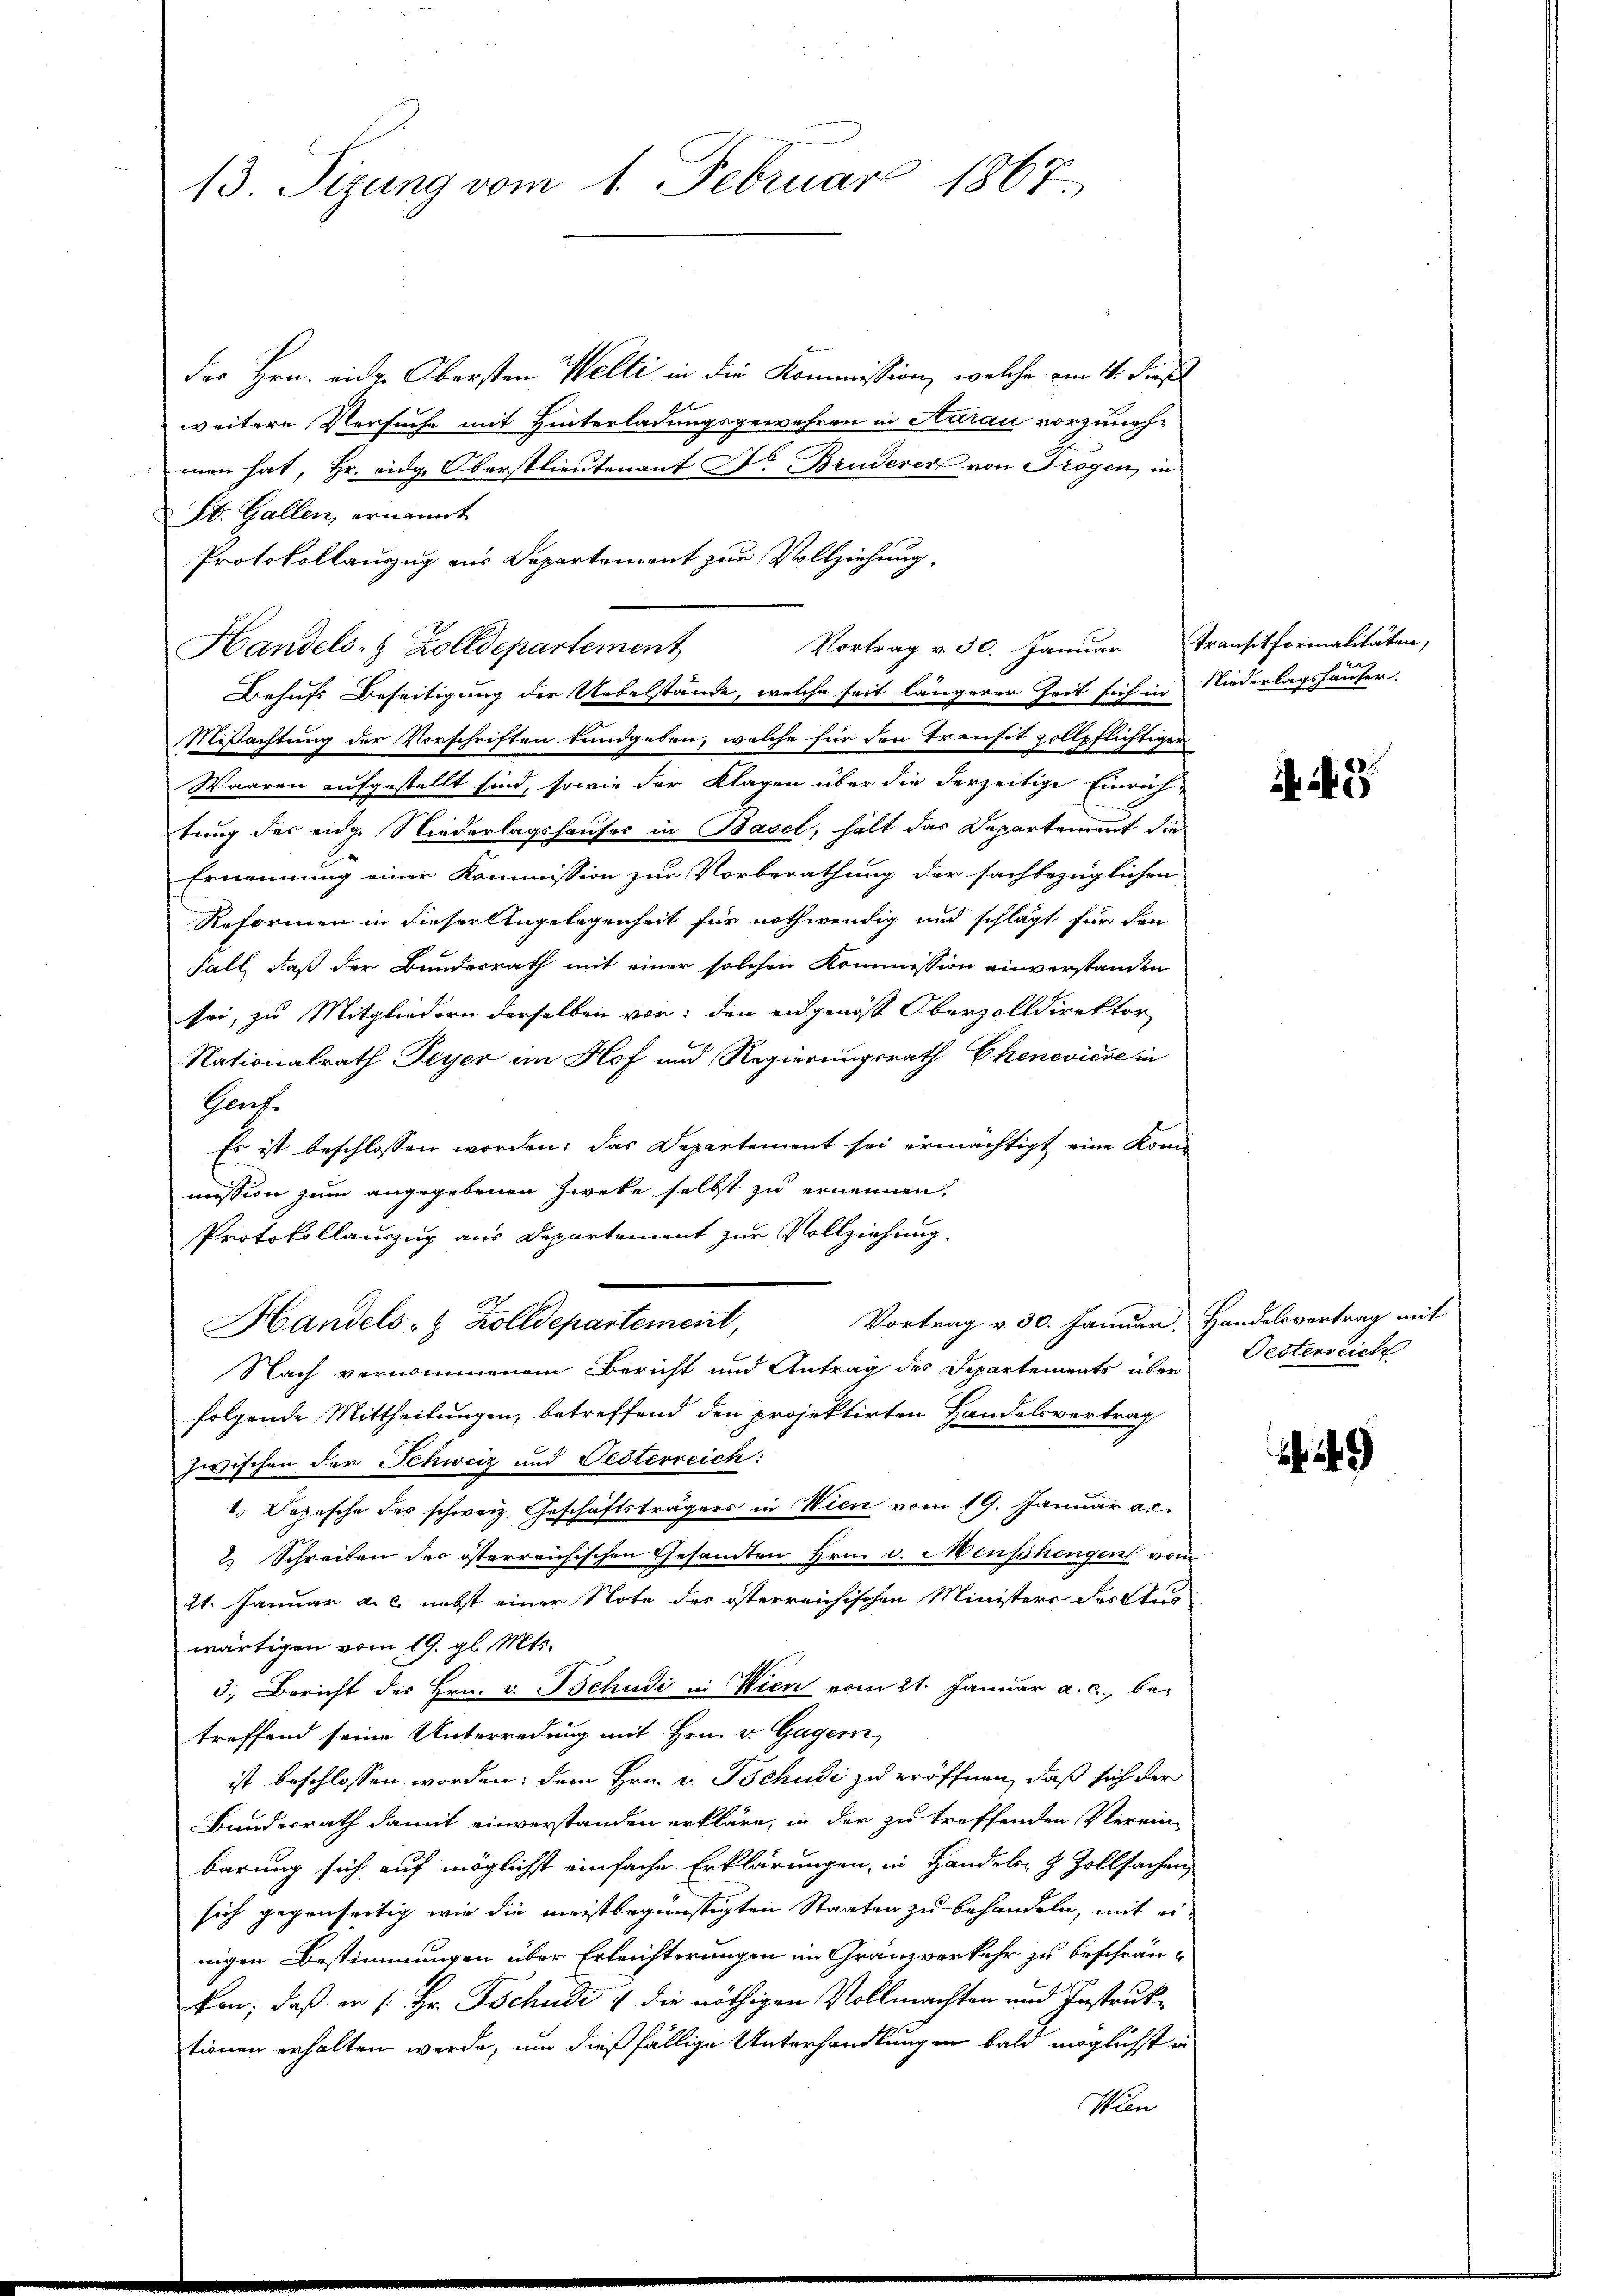
13. Sizung vom 1. Februar 1867.

des Hrn. einer Obersten Welti in die Kommission, welche am 4. dieß
weitere Versuche mit Hinterladungsgewehren in Aarau vorzunehmen hat, Hr. eidg. Oberstlieutenant Dr. Bruderer von Trogen, in
St. Gallen, ernannt
Protokollauszug aus Departement zur Vollziehung,
Handels- & Zolldepartement
Behufs Beseitigung der Uebelstände, welche seit längerer Zeit sich in Niederlagshäuser,
Mißachtung der Vorschriften kundgeben, welche für den Transit zollpflichtiger
Waaren aufgestellt sind, sowie der Klagen über die derzeitige Einrich
tung des eidge Niederlagshauser in Basel, hält das Departement die
Ernennung einer Kommission zur Vorberathung der sachbezüglichen
Reformen in dieser Angelegenheit für nothwendig und schlägt für den
Fall, daß der Bundesrath mit einer solchen Kommission einverstanden
sei, zu Mitgliedern derselben vor; den eidgenöss Oberzolldirektor
Nationalrath Peyer im Hof und Regierungsrath Chenevière in
Prache
Es ist beschlossen worden; das Departement sei ermächtigt eine Kom-
mission zum angegebenen Zweke selbst zu ernennen.
Protokollauszug aus Departement zur Vollziehung.
Vortrag v. 30. Januar, Handelsvertrag mit
Handels- & Zolldepartement,
Nach vernommenem Bericht und Antrag des Departements über
folgende Mittheilungen, betreffend den projektirten Handelsvertrag
zwischen der Schweiz und Oesterreich:
1. Depesche des schweiz. Geschäftsträgers in Wien vom 19. Januar a. c.
2.) Schreiben der österreichischen Gesandten Hrn. v. Menschengen vom
21. Januar a. c. nebst einer Note des österreichischen Ministers des Aus-
wärtigen vom 19. gl. Mts.
3. Bericht des Hrn. v. Tschudi in Wien vom 21. Januar a. c., be-
treffend seine Unterredung mit Hrn. v. Gagern,
ist beschlossen worden; dem Hrn. v. Tschudi zu eröffnen, daß sich der
Bundesrath damit einverstanden erkläre, in der zu treffenden Verein-
barung sich auf möglichst einfache Erklärungen, in Handels- & Zollsachen,
sich gegenseitig wie die meistbegünstigten Staaten zu behandeln, mit ei
nigen Bestimmungen über Erleichterungen im Granzverkehr zu beschränkon, daß er /: Hr. Tschudi & die nöthigen Vollmachten und Instruktionen erhalten werde, um dießfällige Unterhandlungen bald möglichst in
Win

Vortrag v. 30. Januar Transitformalitäten,

A 2

Oestenreich

)